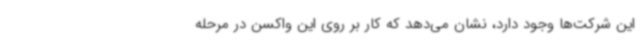
این شرکت‌ها وجود دارد، نشان می‌دهد که کار بر روی این واکسن در مرحله